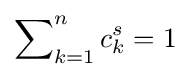
\sum \nolimits _{k=1}^{n}c_{k}^{s}=1